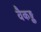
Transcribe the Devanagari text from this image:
वैकङ्क